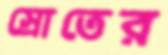
স্রোতের